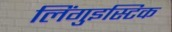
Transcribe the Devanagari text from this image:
लिंगुइस्टिक